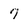
Character: 7